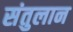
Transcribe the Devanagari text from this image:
संतुलान